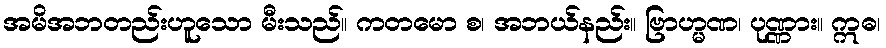
အမိအဘတည်းဟူသော မီးသည်။ ကတမော စ၊ အဘယ်နည်း။ ဗြာဟ္မဏ၊ ပုဏ္ဏား။ ဣဓ၊